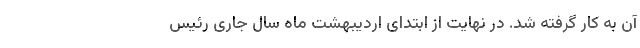
آن به کار گرفته شد. در نهایت از ابتدای اردیبهشت ماه سال جاری رئیس